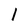
Character: l